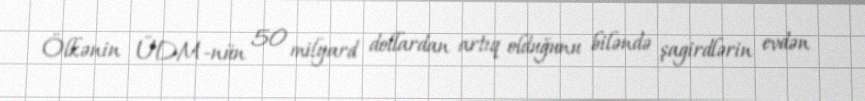
Ölkənin ÜDM-nün 50 milyard dollardan artıq olduğunu biləndə şagirdlərin evdən